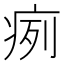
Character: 㾐